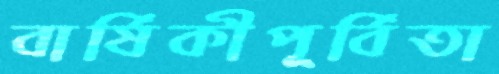
বার্ষিকীপূর্বিতা